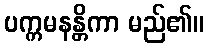
ပက္ကမနန္တိကာ မည်၏။